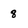
Character: 8